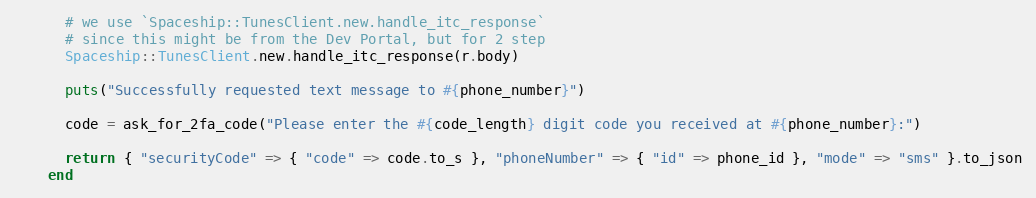
Language: Ruby
      # we use `Spaceship::TunesClient.new.handle_itc_response`
      # since this might be from the Dev Portal, but for 2 step
      Spaceship::TunesClient.new.handle_itc_response(r.body)

      puts("Successfully requested text message to #{phone_number}")

      code = ask_for_2fa_code("Please enter the #{code_length} digit code you received at #{phone_number}:")

      return { "securityCode" => { "code" => code.to_s }, "phoneNumber" => { "id" => phone_id }, "mode" => "sms" }.to_json
    end